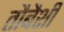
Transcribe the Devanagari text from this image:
तौबैशी